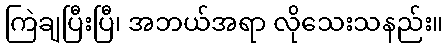
ကြဲချပြီးပြီ၊ အဘယ်အရာ လိုသေးသနည်း။